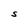
Character: S